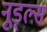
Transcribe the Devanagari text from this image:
नूड्ल्स